Investigations on Bengal jail dietaries - Number 37
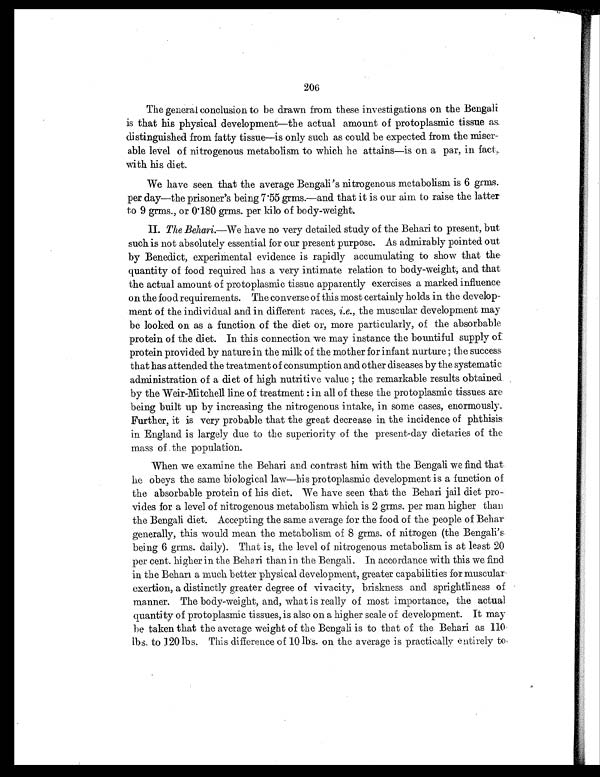
206
The general conclusion to be drawn from these investigations on the Bengali
is that his physical development—the actual amount of protoplasmic tissue as
distinguished from fatty tissue—is only such as could be expected from the miser-
able level of nitrogenous metabolism to which he attains—is on a par, in fact,.
with his diet.
We have seen that the average Bengali's nitrogenous metabolism is 6 germs.
per day—the prisoner's being 7.55 grms.—and that it is our aim to raise the latter
to 9 germs., or 0.180 germs. per kilo of body-weight.
II. The Behari.—We have no very detailed study of the Behari to present, but
such is not absolutely essential for our present purpose. As admirably pointed out
by Benedict, experimental evidence is rapidly accumulating to show that the
quantity of food required has a very intimate relation to body-weight; and that
the actual amount of protoplasmic tissue apparently exercises a marked influence
on the food requirements. The converse of this most certainly holds in the develop-
ment of the individual and in different races, i.e., the muscular development may
be looked on as a function of the diet or, more particularly, of the absorbable
protein of the diet. In this connection we may instance the bountiful supply of
protein provided by nature in the milk of the mother for infant nurture; the success
that has attended the treatment of consumption and other diseases by the systematic
administration of a diet of high nutritive value; the remarkable results obtained
by the Weir-Mitchell line of treatment: in all of these the protoplasmic tissues are
being built up by increasing the nitrogenous intake, in some cases, enormously.
Further, it is very probable that the great decrease in the incidence of phthisis
in England is largely due to the superiority of the present-day dietaries of the
mass of the population.
When we examine the Behari and contrast him with the Bengali we find that
he obeys the same biological law—his protoplasmic development is a function of
the absorbable protein of his diet. We have seen that the Behari jail diet pro-
vides for a level of nitrogenous metabolism which is 2 grms. per man higher than
the Bengali diet. Accepting the same average for the food of the people of Behar
generally, this would mean the metabolism of 8 grms. of nitrogen (the Bengali's
being 6 grms. daily). That is, the level of nitrogenous metabolism is at least 20
per cent. higher in the Behari than in the Bengali. In accordance with this we find
in the Behari a much better physical development, greater capabilities for muscular
exertion, a distinctly greater degree of vivacity, briskness and sprightliness of
manner. The body-weight, and, what is really of most importance, the actual
quantity of protoplasmic tissues, is also on a higher scale of development. It may
be taken that the average weight of the Bengali is to that of the Behari as 110
labs. to 120 lbs. This difference of 10 lbs. on the average is practically entirely to